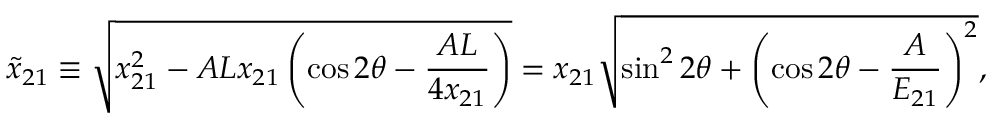
\tilde { x } _ { 2 1 } \equiv \sqrt { x _ { 2 1 } ^ { 2 } - A L x _ { 2 1 } \left( \cos 2 \theta - \frac { A L } { 4 x _ { 2 1 } } \right) } = x _ { 2 1 } \sqrt { \sin ^ { 2 } 2 \theta + \left( \cos 2 \theta - \frac { A } { E _ { 2 1 } } \right) ^ { 2 } } ,